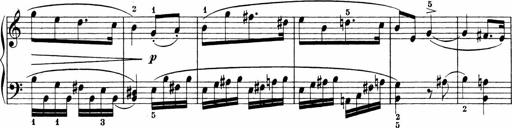
Title: 3 Sonatinas
Composer: Carl Reinecke